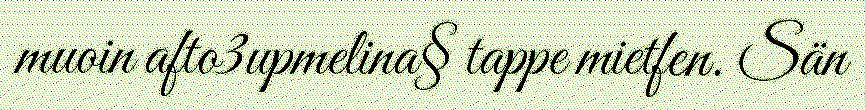
muoin afto3upmelina§ tappe mietfen. Sän